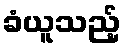
ခံယူသည့်